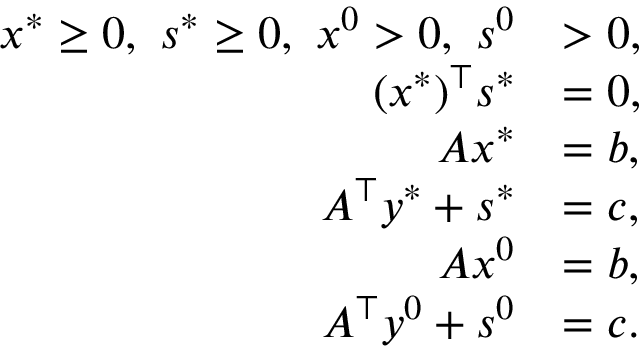
\begin{array} { r l } { x ^ { * } \geq 0 , ~ s ^ { * } \geq 0 , ~ x ^ { 0 } > 0 , ~ s ^ { 0 } } & { > 0 , } \\ { ( x ^ { * } ) ^ { \top } s ^ { * } } & { = 0 , } \\ { A x ^ { * } } & { = b , } \\ { A ^ { \top } y ^ { * } + s ^ { * } } & { = c , } \\ { A x ^ { 0 } } & { = b , } \\ { A ^ { \top } y ^ { 0 } + s ^ { 0 } } & { = c . } \end{array}